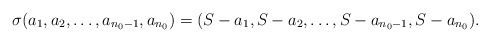
\begin{align*}\sigma(a_1,a_2,\ldots,a_{n_0 -1},a_{n_0}) &= (S- a_1,S- a_2,\ldots,S- a_{n_0 -1},S- a_{n_0}).\end{align*}